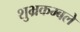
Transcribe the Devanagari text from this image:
शुभ्रकम्बले